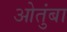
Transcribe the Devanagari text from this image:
ओतुंबा